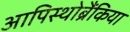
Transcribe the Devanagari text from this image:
आपिस्थोब्रैंकिया